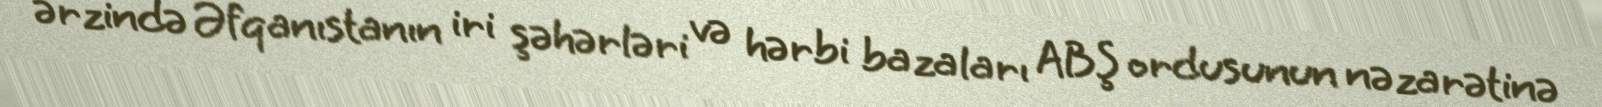
ərzində Əfqanıstanın iri şəhərləri və hərbi bazaları ABŞ ordusunun nəzarətinə